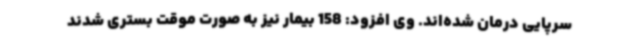
سرپایی درمان شده‌اند. وی افزود: 158 بیمار نیز به صورت موقت بستری شدند